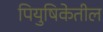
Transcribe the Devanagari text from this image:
पियुषिकेतील